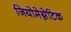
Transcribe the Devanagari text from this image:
जियोमेग्नेटिक